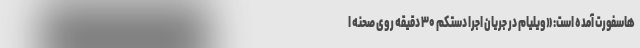
هاسفورت آمده است: «ویلیام در جریان اجرا دستکم ۳۰ دقیقه روی صحنه ا